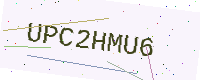
Text: UPC2HMU6